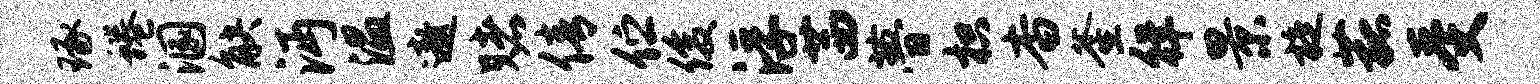
琢蜷溷觖沔温遨赌倩伫俊浮茜瞢枳杳釜徉景旋菰受